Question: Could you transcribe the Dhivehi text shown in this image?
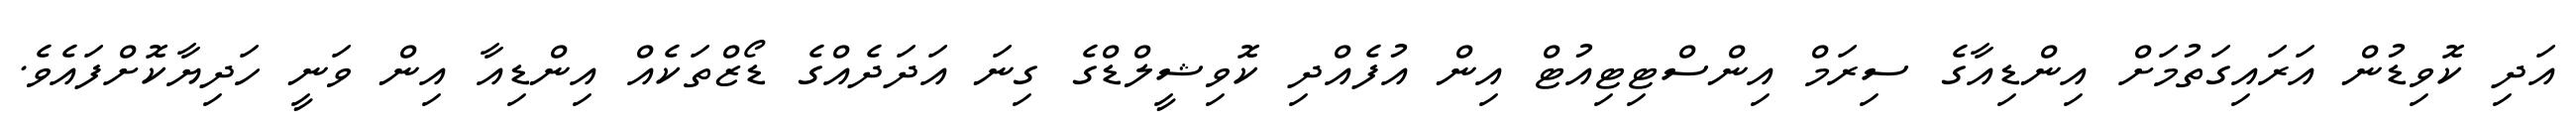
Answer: އަދި ކޮވިޑުން އަރައިގަތުމަށް އިންޑިއާގެ ސިރަމް އިންސްޓިޓިއުޓް އިން އުފެއްދި ކޮވިޝީލްޑްގެ ގިނަ އަދަދެއްގެ ޑޯޒްތަކެއް އިންޑިއާ އިން ވަނީ ހަދިޔާކޮށްފައެވެ.